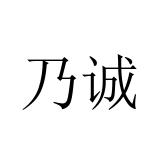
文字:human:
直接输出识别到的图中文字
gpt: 乃诚